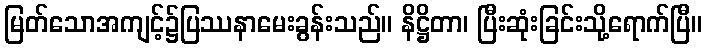
မြတ်သောအကျင့်၌ပြဿနာမေးခွန်းသည်။ နိဋ္ဌိတာ၊ ပြီးဆုံးခြင်းသို့ရောက်ပြီ။